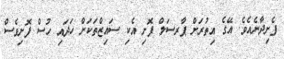
ފެށިދާނެއެވެ. އޭގެ އިތުރަށް ޕާރސަލް ފޮށި އެކި ސައިޒްތަކަށް ހަދައި ހުސް ފޮށިވެސް